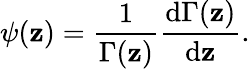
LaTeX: \psi(\mathbf{z})=\frac{{1}}{{\Gamma(\mathbf{z})}}\frac{{\mathrm{{d}}\Gamma(\mathbf{z})}}{{\mathrm{{d}}\mathbf{z}}}.